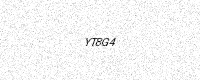
Text: YT8G4